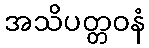
အသိပတ္တဝနံ